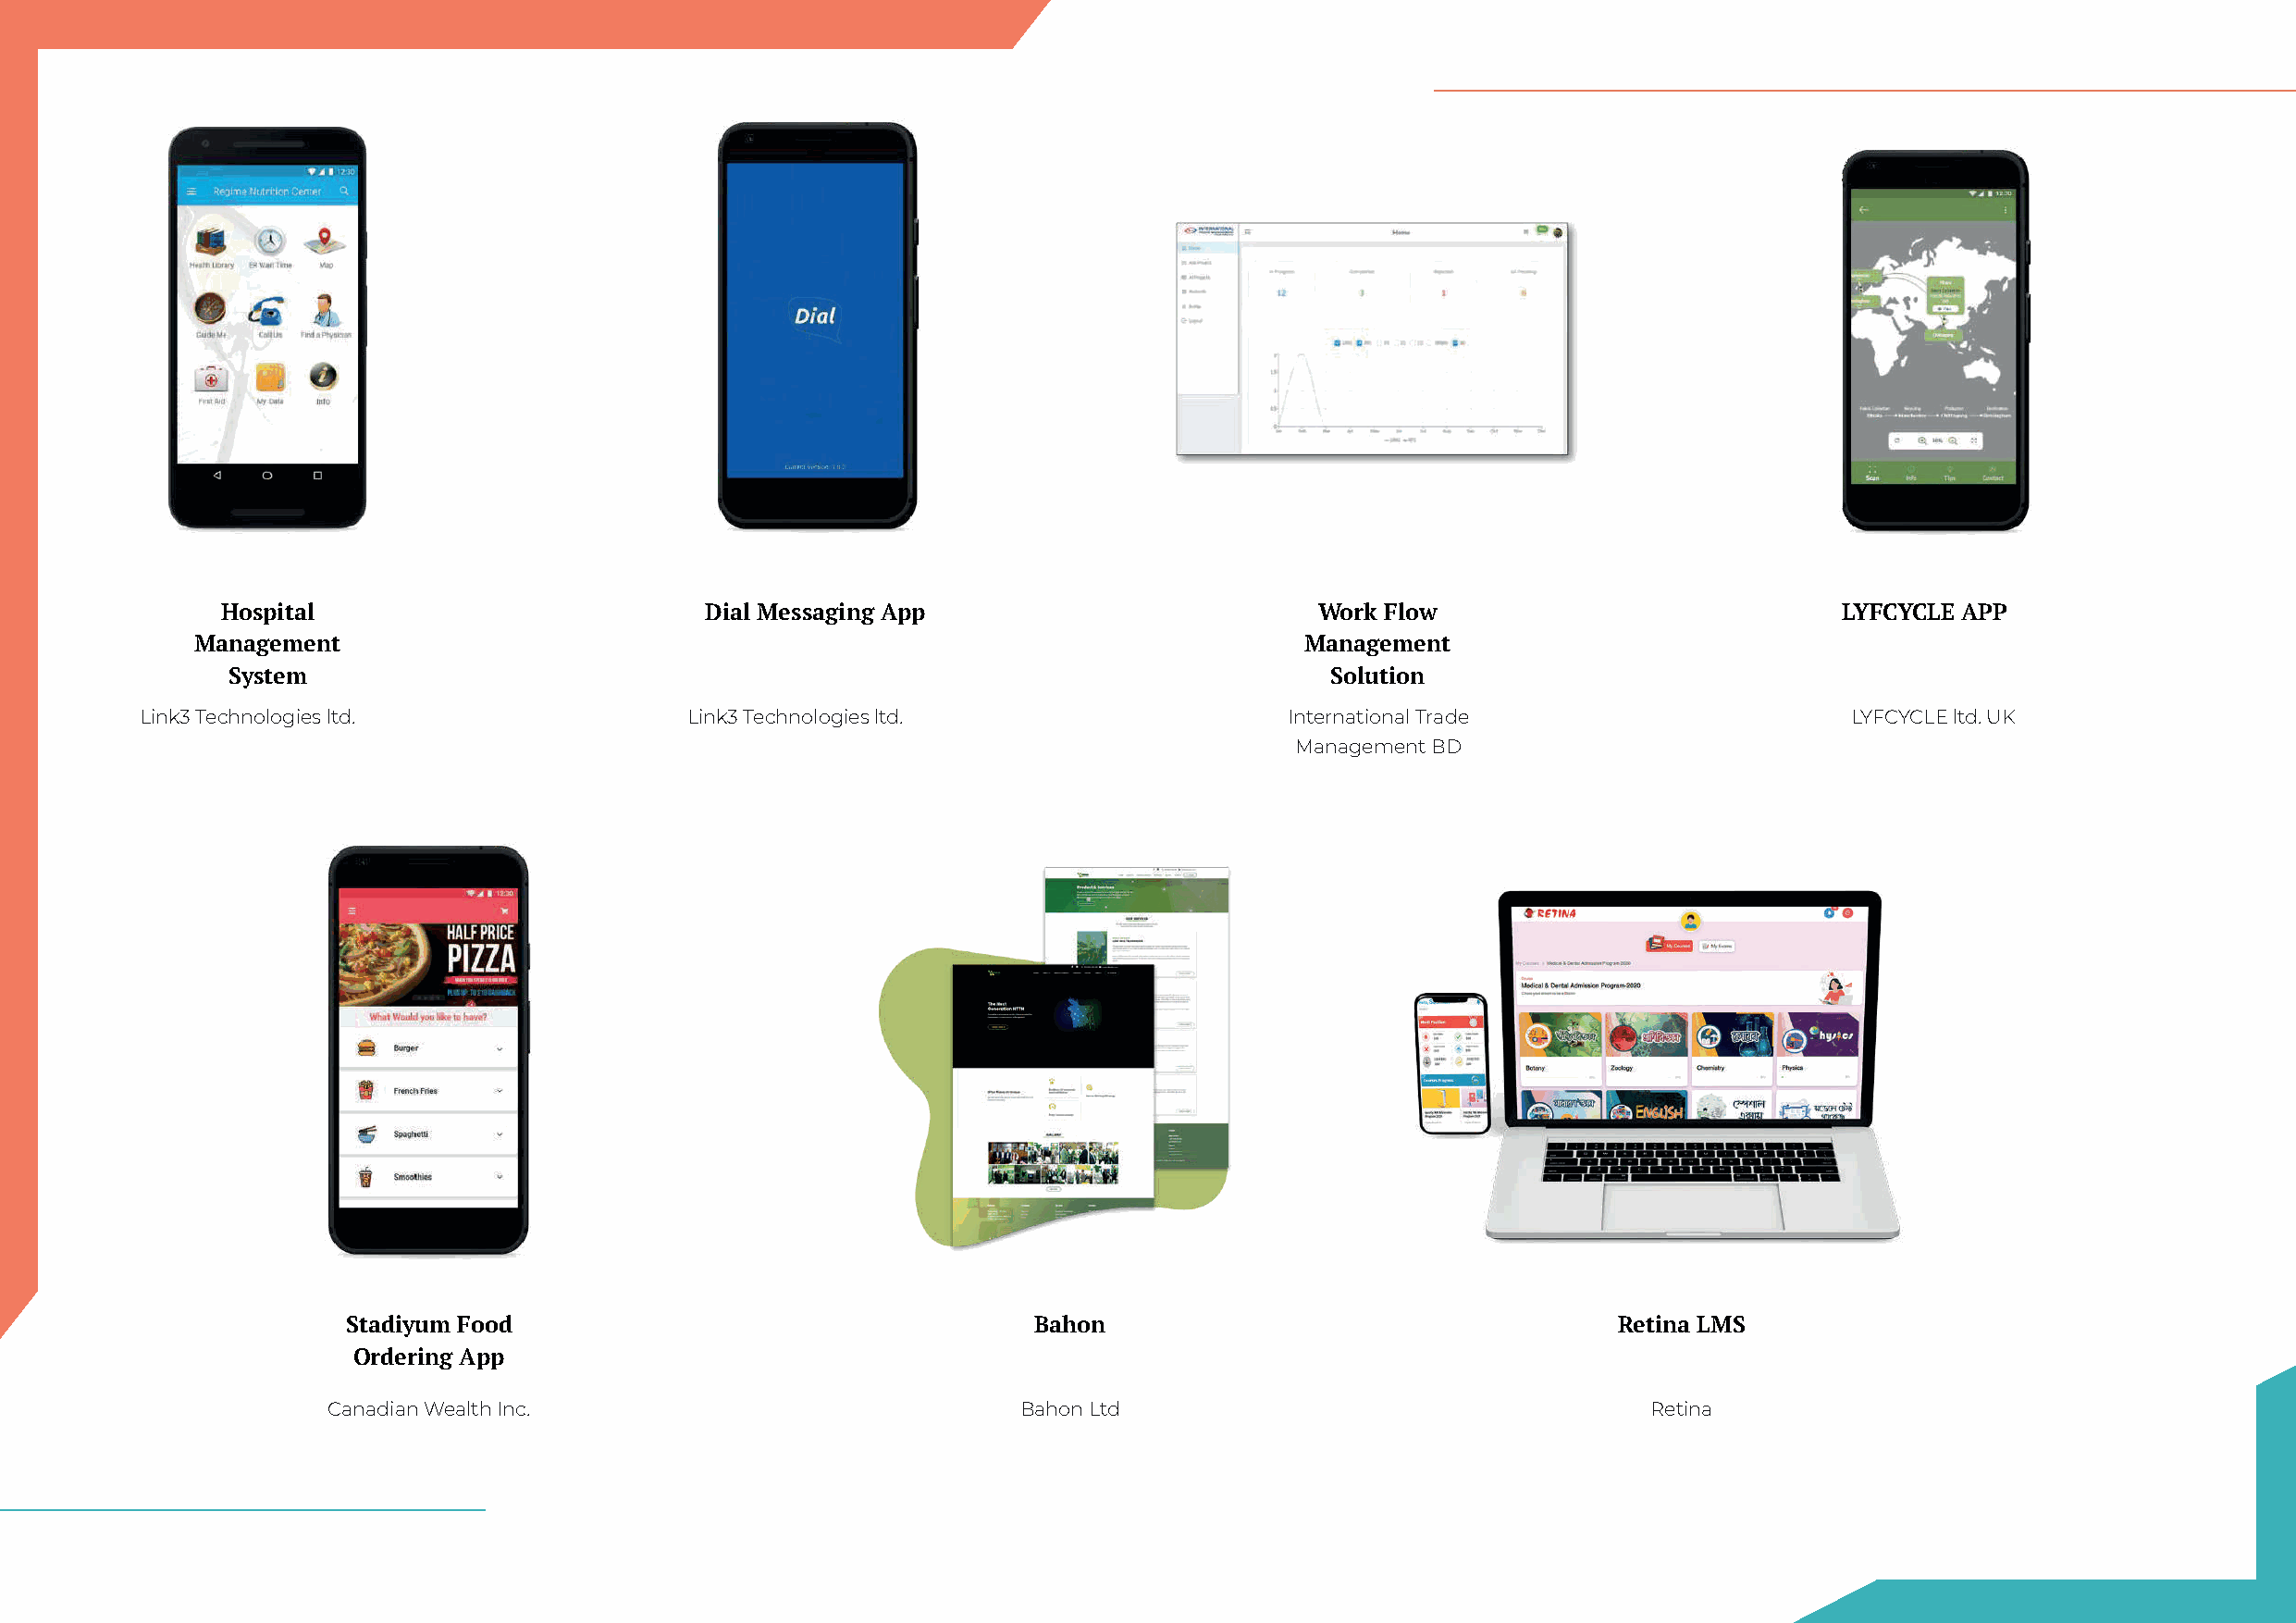
Hospital                          Dial Messaging App                          Work Flow                             LYFCYCLE APP
 Management                                                                     Management
 System                                                                         Solution
 Link3 Technologies ltd.                Link3 Technologies ltd.                    International Trade                     LYFCYCLE ltd. UK
 Management BD
 Stadiyum Food                                    Bahon                                     Retina LMS
 Ordering App
 Canadian Wealth Inc.                              Bahon Ltd                                    Retina